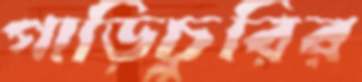
গাড়িচুরির